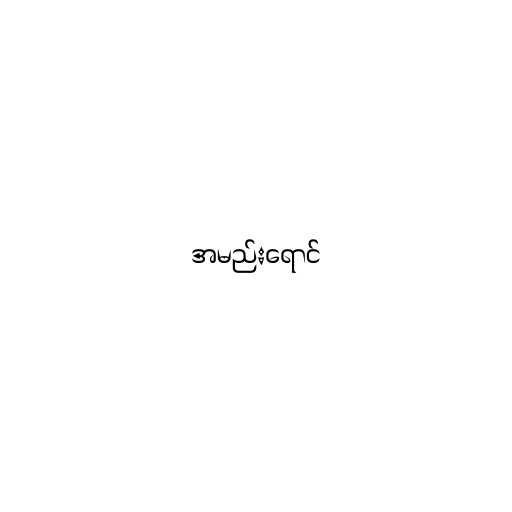
အမည်းရောင်